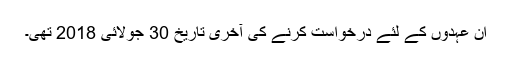
ان عہدوں کے لئے درخواست کرنے کی آخری تاریخ 30 جولائی 2018 تھی۔